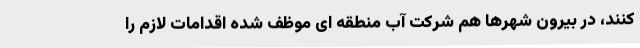
کنند، در بیرون شهرها هم شرکت آب منطقه ای موظف شده اقدامات لازم را